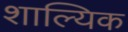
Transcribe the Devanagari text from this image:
शाल्यिक